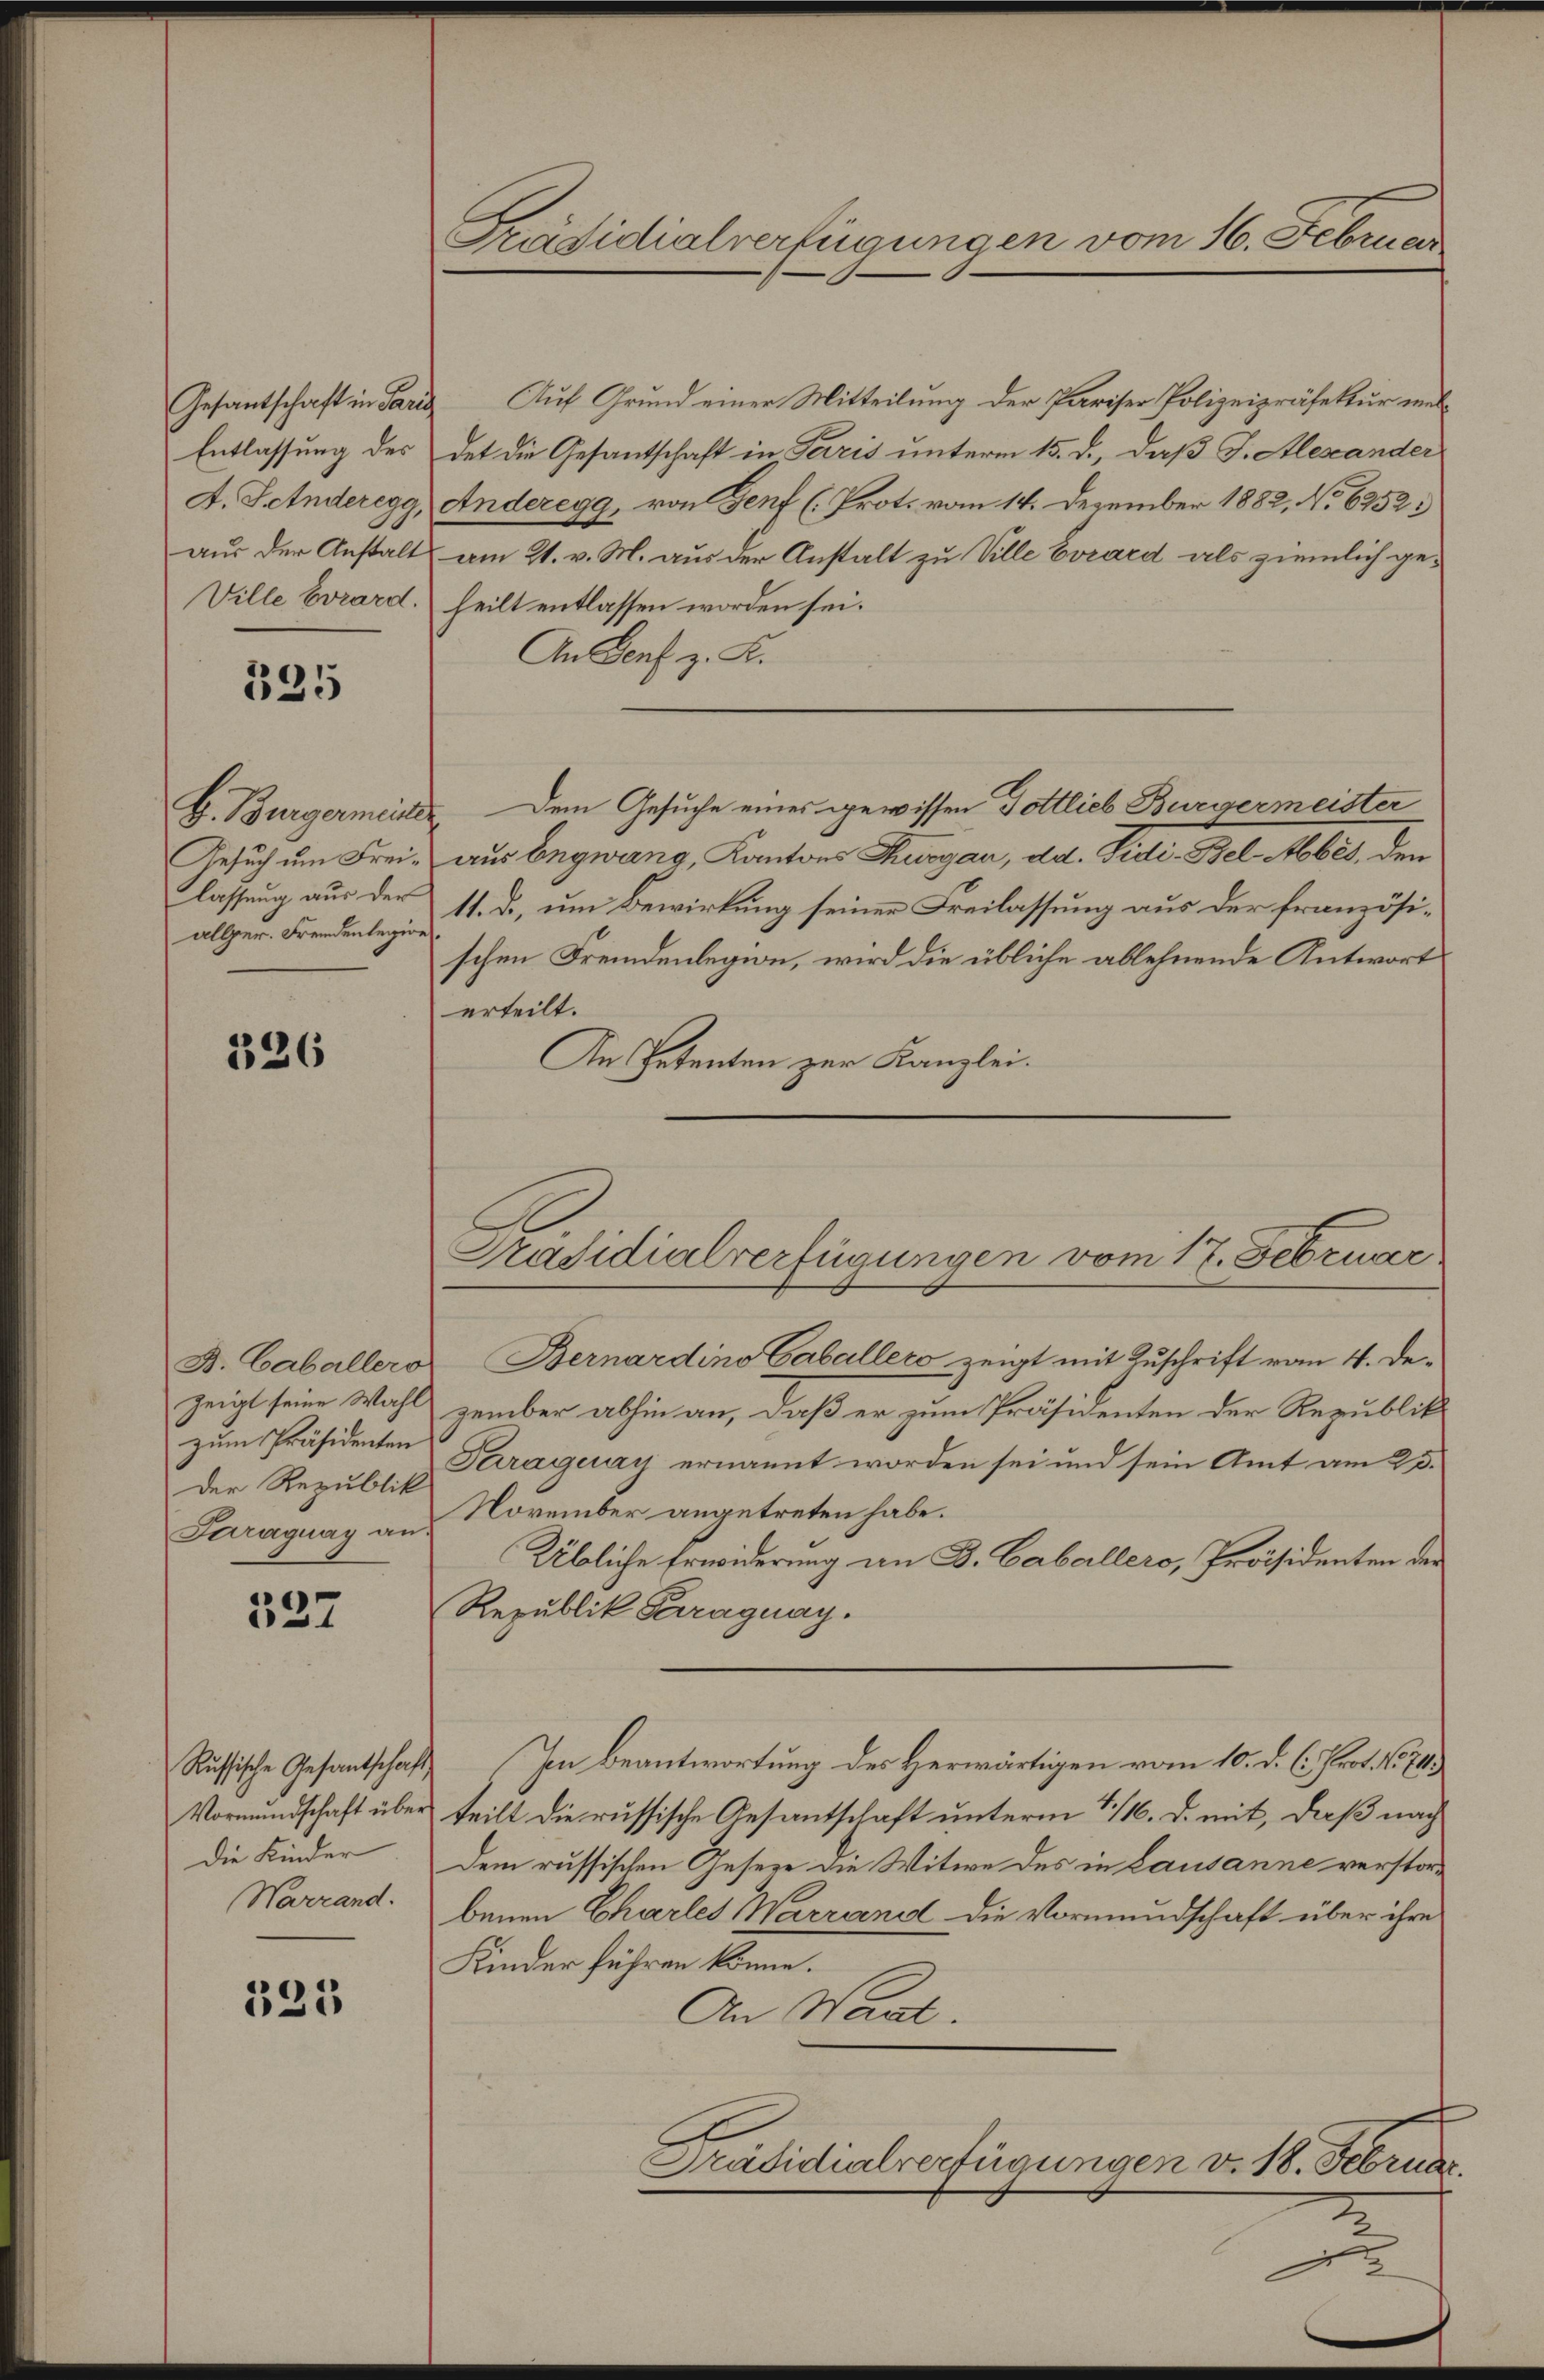
Gesantschaft in Paris

335

allper. Fremdenlegions

326

zum Präsidenten
Der Republik
Paraguay an.

337

Die Kinder

335

Auf Grund einer Mitteilung der Pariser Polizeipräsektur mel¬
Entlassung des det die Gesantschaft in Paris unterm 15. d., daß J. Alexander
A. Sehnderegg, Anderegg, von Genf (Prot. vom 14. Dezember 1882, No 6252:
aus der Anstalt am 21. v. M. aus der Anstalt zu Ville Evard als ziemlich ge¬
Ville Evrard, heilt entlassen worden sei.
An Genf z. K.
H. Bürgermeister.  Dem Gesuche eines gewissen Gottlieb Burgermeister
Gesŭch ŭm Freis aus begwang, Kantons Thurgau, dd. Side. Bel Abbes, den
lassung aus der 11. ds, um Bewirkung seiner Freilassung aus der französischen Fremdenlegion, wird die übliche ablehnende Antwort
erteilt.
An Petenten zur Kanzlei.

Prädidialverfügungen vom 16. Februar.

Präsidialverfügungen vom 17. Februar

A. Caballero Bernardino Caballers zeigt mit Zuschrift vom 4. De-
zeigt seine Wahl zember abhin an, daß er zum Präsidenten der Republik
Paraguay ernannt worden sei und sein Amt am 25.
November angetreten habe.
Übliche Erwiderung an B. Caballero, Präsidenten der
Republik Paraguay.
Russische Gesantschaft Im Beantwortung des Herwärtigen vom 10. d. C. Prot. N. 24.
Vormundschaft über teilt die russische Gesantschaft unterm 7./16. d. mit, daß nach
dem russischen Geseze die Witwe des in Lausanne verstor¬
Warrand: benen Charles Warrand die Vormundschaft über ihre
Kinder führen könne.
An Wart.
Präsidialverfügungen v. 18. Februar.